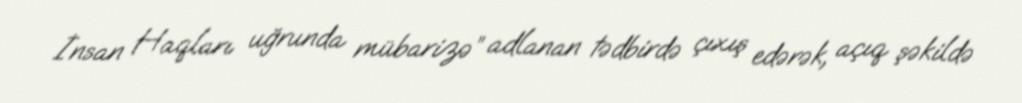
İnsan Haqları uğrunda mübarizə” adlanan tədbirdə çıxış edərək, açıq şəkildə